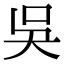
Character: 吳